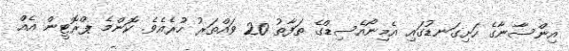
އިންސާނާގެ ހަށިގަނޑުގައި އެމިނޯއެސިޑްގެ ތަފާތު 20 ވައްތަރު ހުރެއެވެ. ކޮންމެ ޕްރޮޓީން އެއް